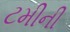
ટમીની